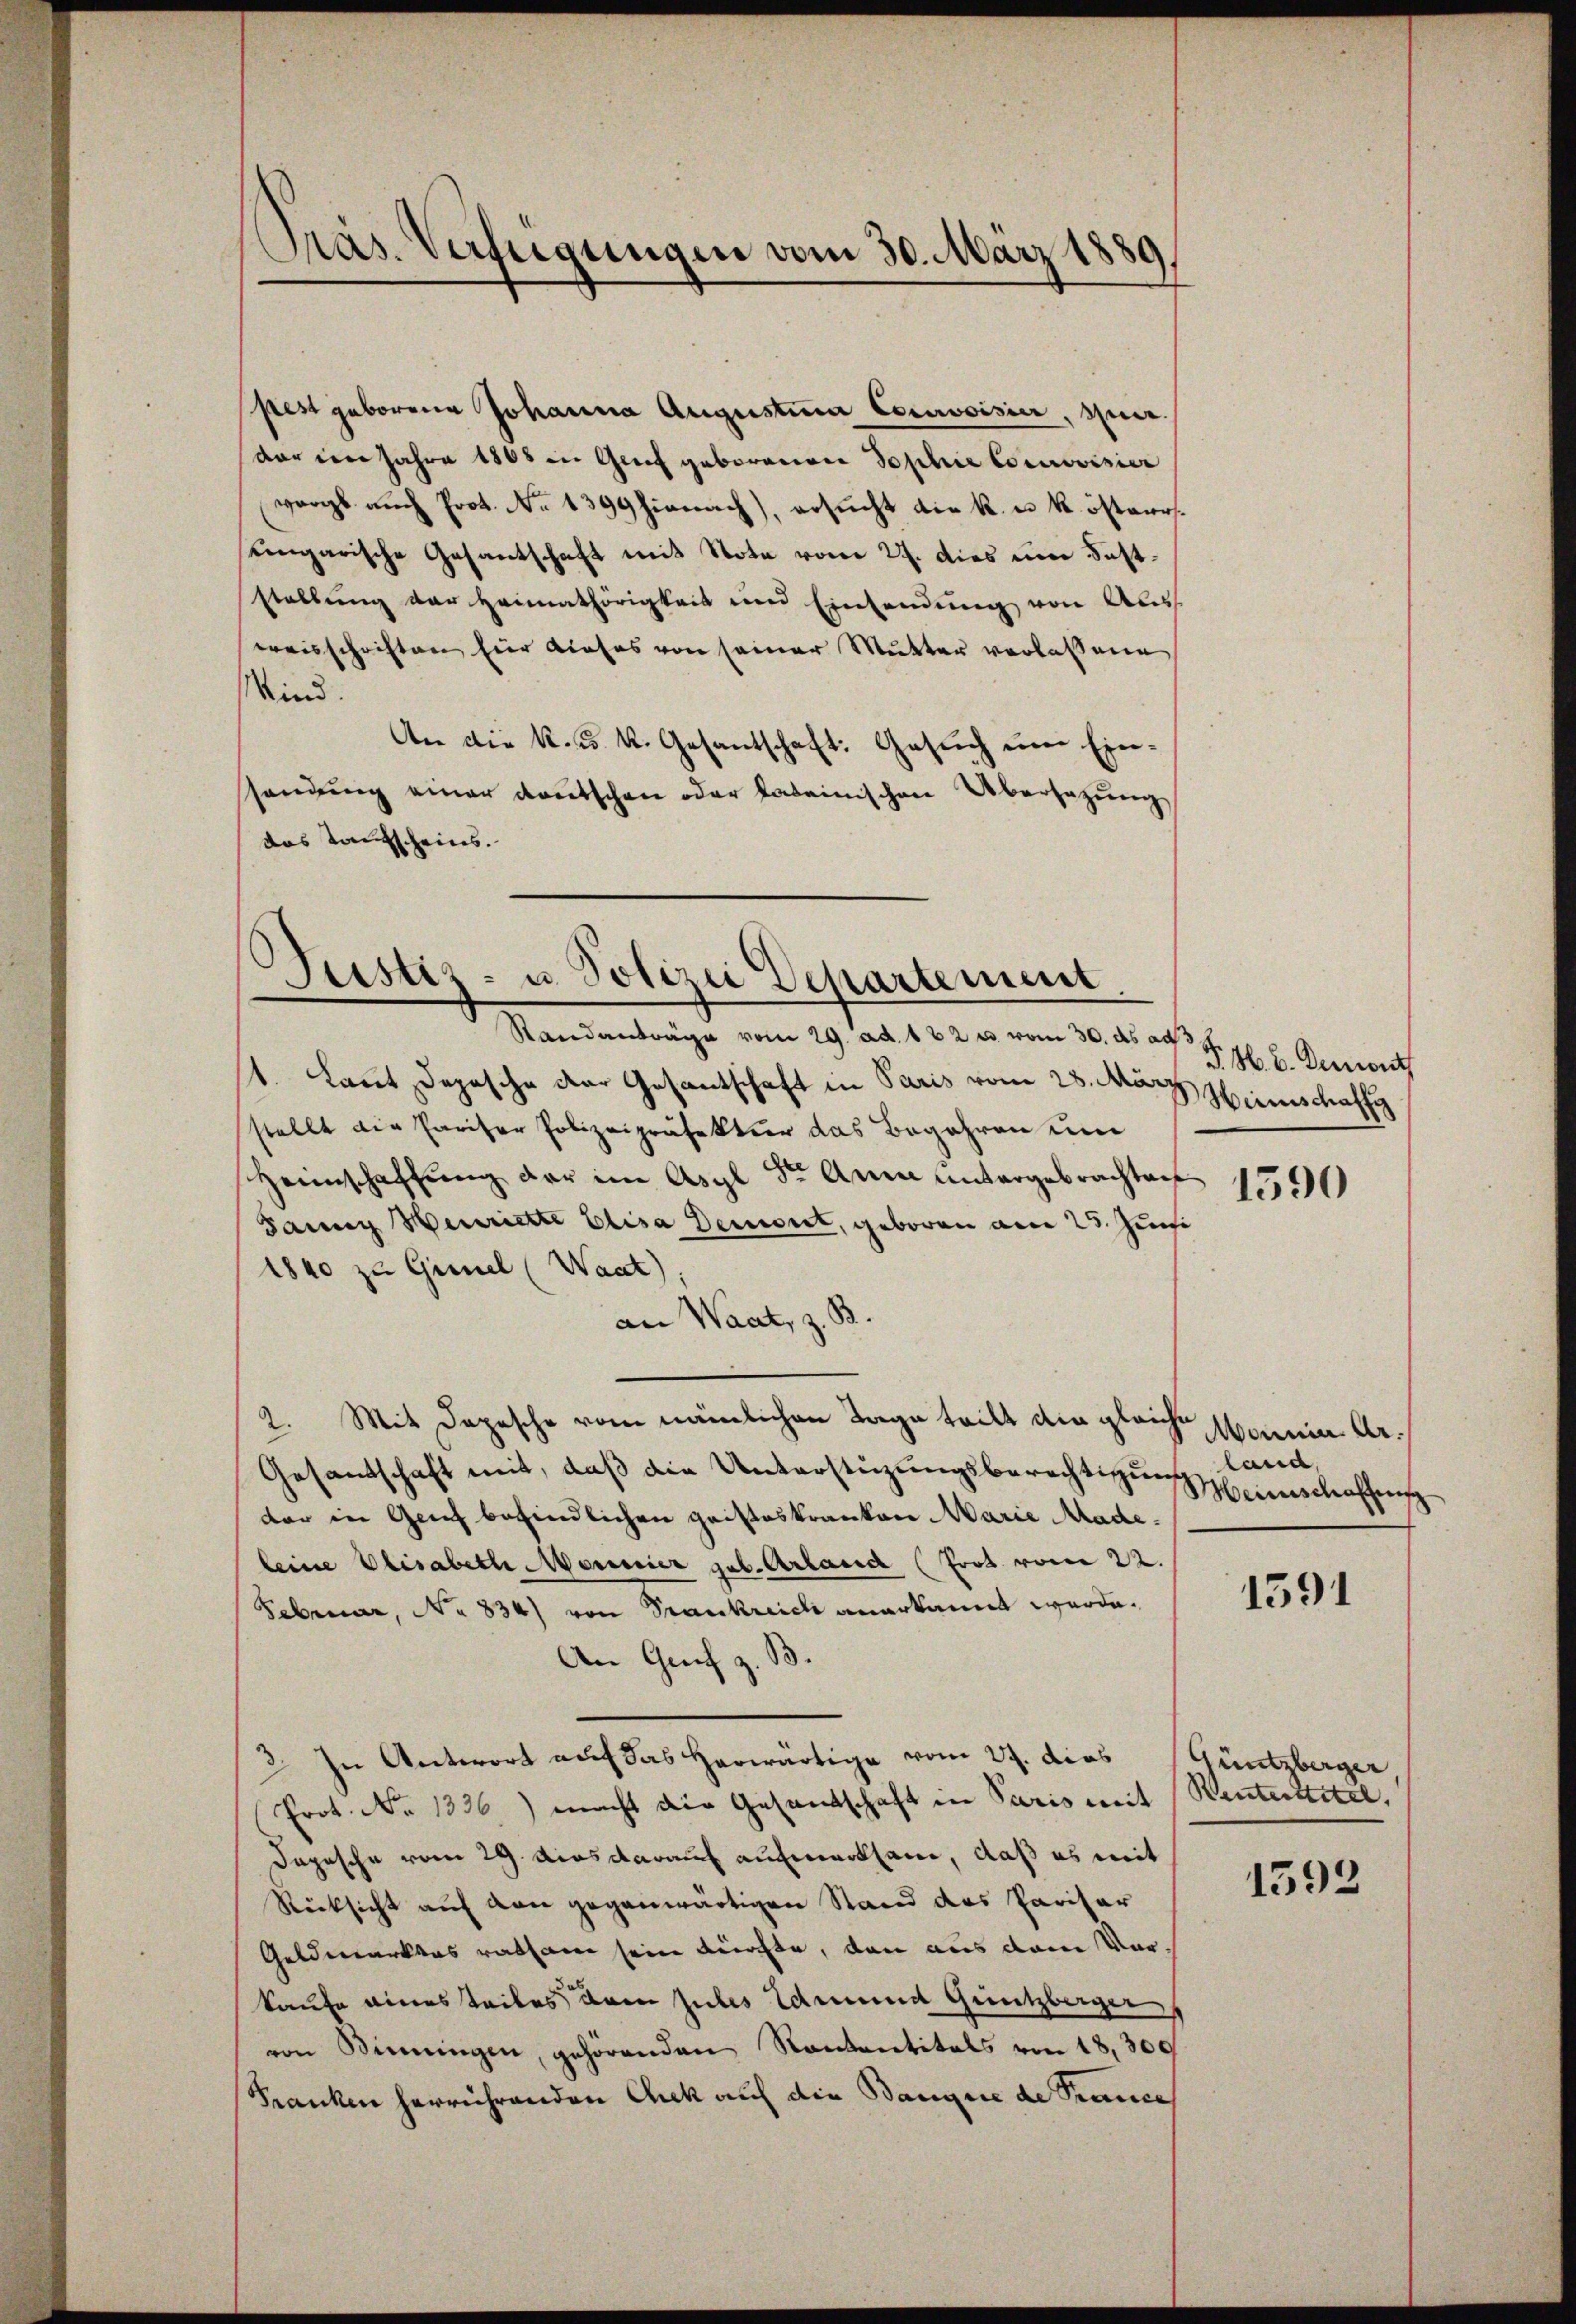
pest geborene Johanna Augustina Cocroisier, zuer
dar im Jahre 1865 in Genf geborenen Sophie Cocroisier
vergl. auch Prot. No 1399 hienach), ersucht die k. u. k. österseingarische Gesantschaft mit Note vom 27. dies um Feststellung der Heimathörigkeit und Einsendŭng von Auss
weisschriften hier dieses von seiner Mutter verlassene
Wind.
An die k. k. k. Gesantschaft: Gesuch um Einsendung einer deutschen oder kateinischen Übersezung
das Taufscheins.

Präs. Verfügungen vom 30. März 1889,

Justiz- u. Polizei Departement.

Randanträge vom 29. ad. 182 u. vom 30. ds ad
1. Laut Depesche der Gesantschaft in Paris vom 28. März Heimschaffe
stellt die Pariser Polizeipräfektier das Begehren um
Heimschaffung der im Asyl der Anna untergebrachten
Jannig Henriette Elisa Demont, geboren am 25. Juni
1840 zu Grinel (Waat),
an Waat, z. B.
2. Mit Depesche vom nämlichen Tage teilt die gleiche
Gesandtschaft mit, daß die Unterstüzungsberechtigung land,
der in Genf befindlichen geisteskranken Marie Madeleine Elisabeth Marier geb. Arland (Trat vom 22.
Februar, No. 834) von Frankreich anerkannt werde.
An Grif z. B.
3. In Antwort auf das herwärtige vom 27. dies Güntzberger
Prot. No 1336) macht die Gesandschaft in Paris mit Renterttitel,
dapesche vom 29. Dies darauf aufmerksam, daß es mit
Rücksicht auf von gegenwärtigen Stand das Parisar
Geldmarktas ratsame sein Kirchte, den aus dem Vorkaufe eines teiles dem zules Edmund Güntzberger
von Binningen, gehörenden Kantantitals von 18,300
Franken herrührenden Chek auf die Banque de Krance

P. M. b. Demont

1590

Monnen Ar¬
Meinschaffens

1591

1593